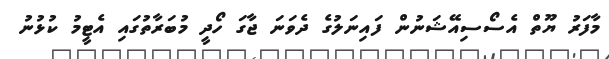
މާފަރު ޔޫތް އެސޯސިއޭޝަނުން ފައިނަލުގެ ދެވަނަ ޖާގަ ހޯދީ މުބަރާތުގައި އެޓީމު ކުޅުނު